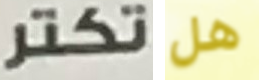
تكتر هل